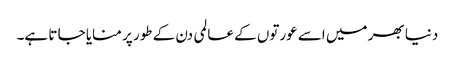
دنیا بھر میں اسے عورتوں کے عالمی دن کے طور پر منایا جا تا ہے۔